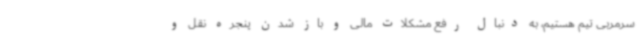
سرمربی تیم هستیم، به دنبال رفع مشکلات مالی و باز شدن پنجره نقل و